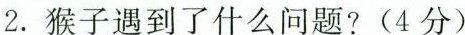
2.猴子遇到了什么问题？(4分)